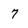
Character: 7